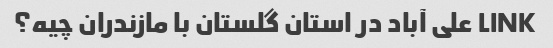
LINK علی آباد در استان گلستان با مازندران چیه؟